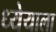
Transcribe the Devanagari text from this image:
ध्येयाला